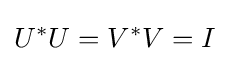
U^{*}U=V^{*}V=I